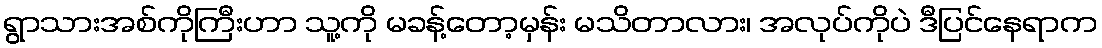
ရွာသားအစ်ကိုကြီးဟာ သူ့ကို မခန့်တော့မှန်း မသိတာလား၊ အလုပ်ကိုပဲ ဒီပြင်နေရာက